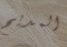
المديح